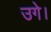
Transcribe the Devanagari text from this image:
उगे।